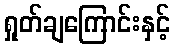
ရှုတ်ချကြောင်းနှင့်